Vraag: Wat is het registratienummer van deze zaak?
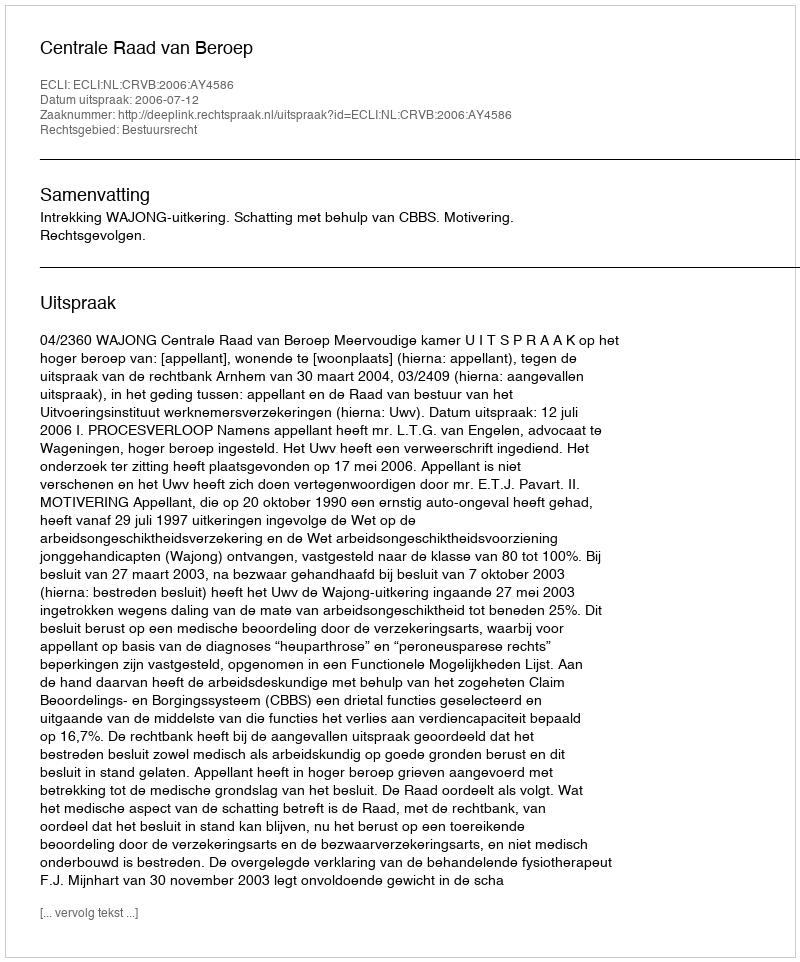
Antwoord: http://deeplink.rechtspraak.nl/uitspraak?id=ECLI:NL:CRVB:2006:AY4586